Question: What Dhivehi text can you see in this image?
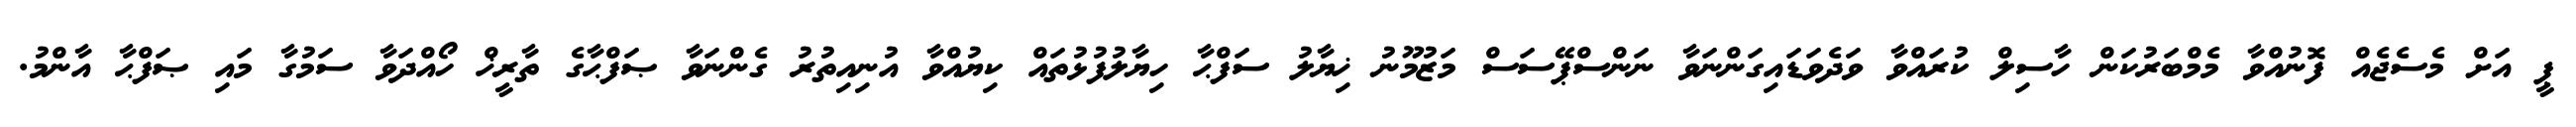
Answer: ޕީ އަށް މެސެޖެއް ފޮނުއްވާ މެމްބަރުކަން ހާސިލް ކުރައްވާ ވަދެވަޑައިގަންނަވާ ނަންސްޕޭސަސް މަޒުމޫނު ޚިޔާލު ސަފްޙާ ހިޔާލުފުޅުތައް ކިޔުއްވާ އުނިއިތުރު ގެންނަވާ ޞަފްޙާގެ ތާރީޚް ހޯއްދަވާ ސަމުގާ މައި ޞަފްޙާ އާންމު.